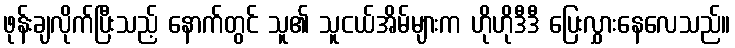
ဖုန်းချလိုက်ပြီးသည့် နောက်တွင် သူ၏ သူငယ်အိမ်များက ဟိုဟိုဒီဒီ ပြေးလွှားနေလေသည်။